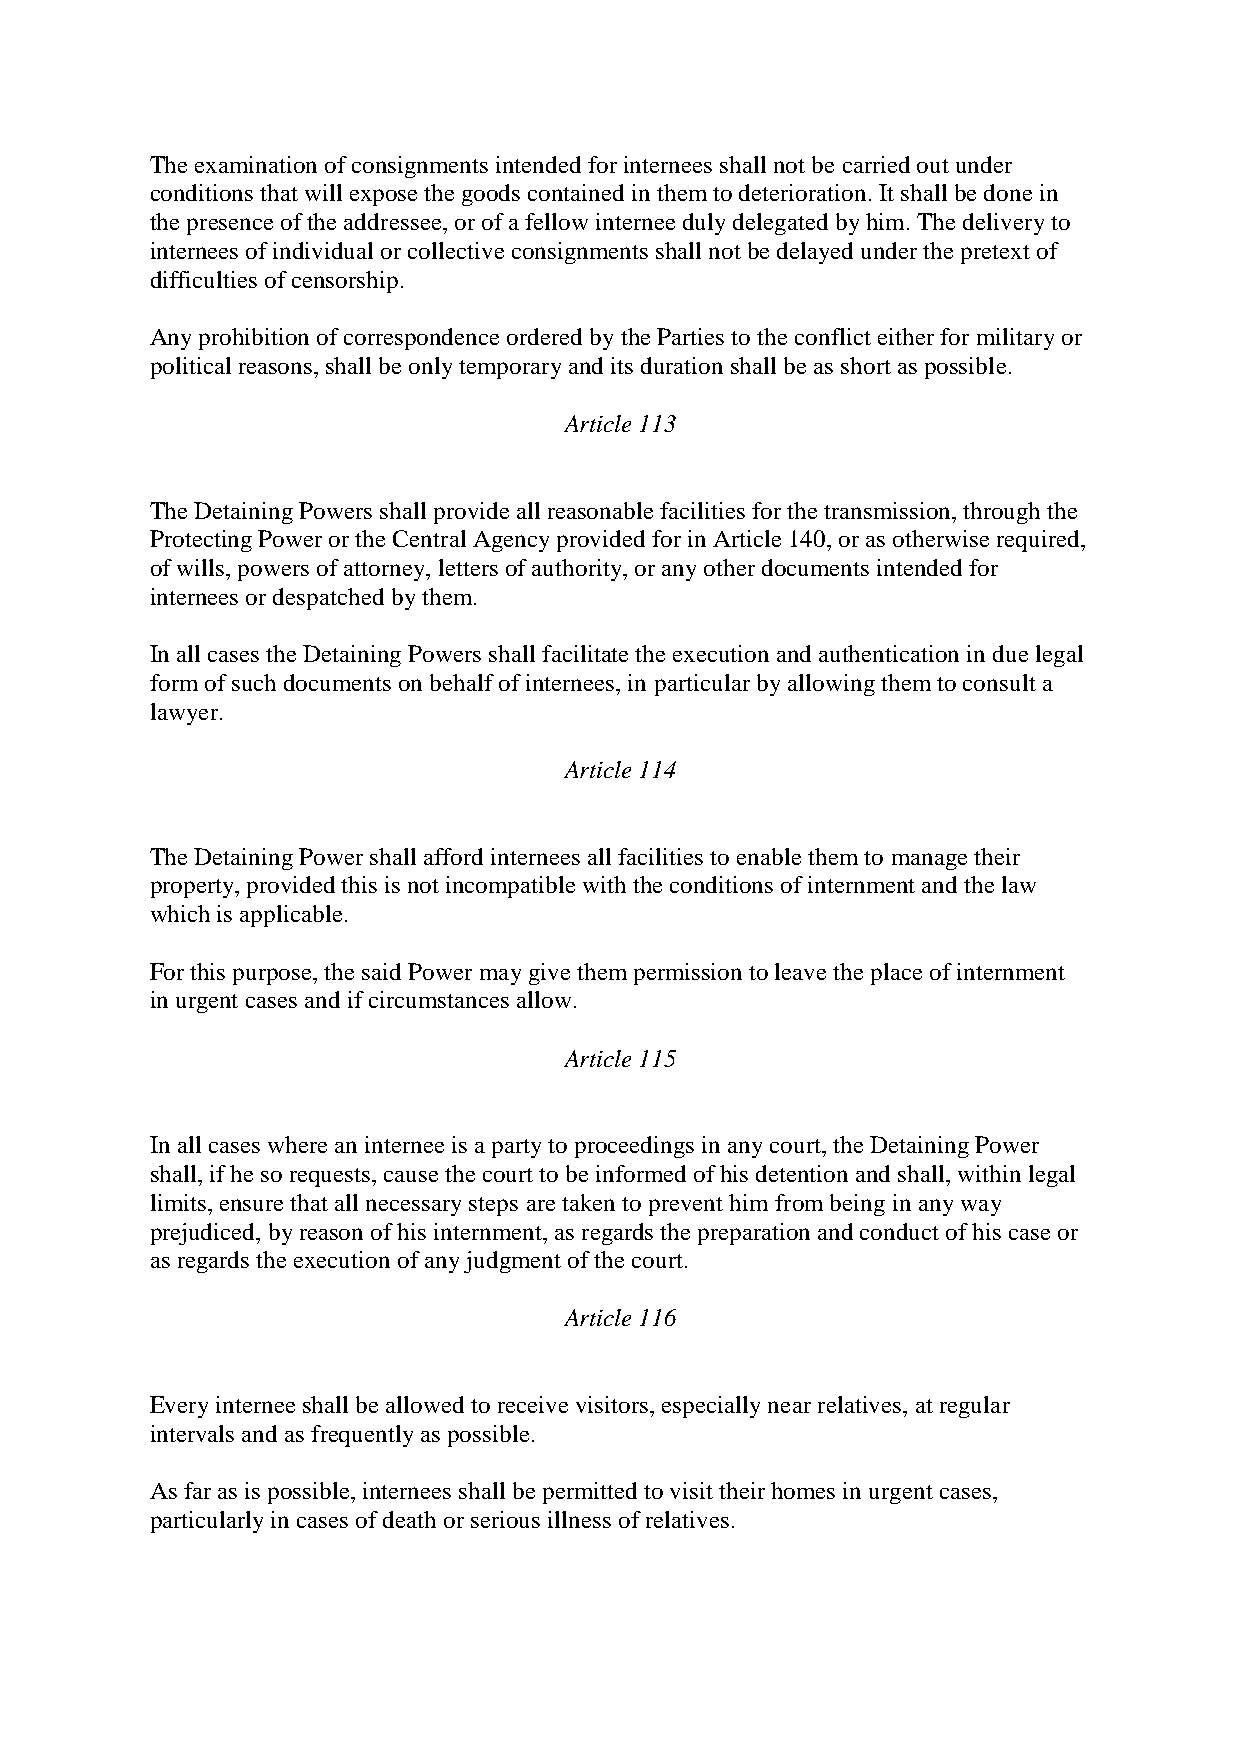
The examination of consignments intended for internees shall not be carried out under
 conditions that will expose the goods contained in them to deterioration. It shall be done in
 the presence of the addressee, or of a fellow internee duly delegated by him. The delivery to
 internees of individual or collective consignments shall not be delayed under the pretext of
 difficulties of censorship.
 Any prohibition of correspondence ordered by the Parties to the conflict either for military or
 political reasons, shall be only temporary and its duration shall be as short as possible.
 Article 113
 The Detaining Powers shall provide all reasonable facilities for the transmission, through the
 Protecting Power or the Central Agency provided for in Article 140, or as otherwise required,
 of wills, powers of attorney, letters of authority, or any other documents intended for
 internees or despatched by them.
 In all cases the Detaining Powers shall facilitate the execution and authentication in due legal
 form of such documents on behalf of internees, in particular by allowing them to consult a
 lawyer.
 Article 114
 The Detaining Power shall afford internees all facilities to enable them to manage their
 property, provided this is not incompatible with the conditions of internment and the law
 which is applicable.
 For this purpose, the said Power may give them permission to leave the place of internment
 in urgent cases and if circumstances allow.
 Article 115
 In all cases where an internee is a party to proceedings in any court, the Detaining Power
 shall, if he so requests, cause the court to be informed of his detention and shall, within legal
 limits, ensure that all necessary steps are taken to prevent him from being in any way
 prejudiced, by reason of his internment, as regards the preparation and conduct of his case or
 as regards the execution of any judgment of the court.
 Article 116
 Every internee shall be allowed to receive visitors, especially near relatives, at regular
 intervals and as frequently as possible.
 As far as is possible, internees shall be permitted to visit their homes in urgent cases,
 particularly in cases of death or serious illness of relatives.